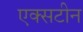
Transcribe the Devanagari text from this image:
एक्सटीन